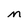
Character: m